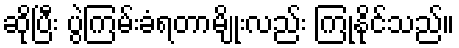
ဆိုပြီး ပွဲကြမ်းခံရတာမျိုးလည်း ကြုံနိုင်သည်။